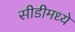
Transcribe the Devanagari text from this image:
सीडीमध्ये